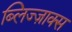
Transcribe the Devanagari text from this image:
ब्लिज्ज़ाक्स